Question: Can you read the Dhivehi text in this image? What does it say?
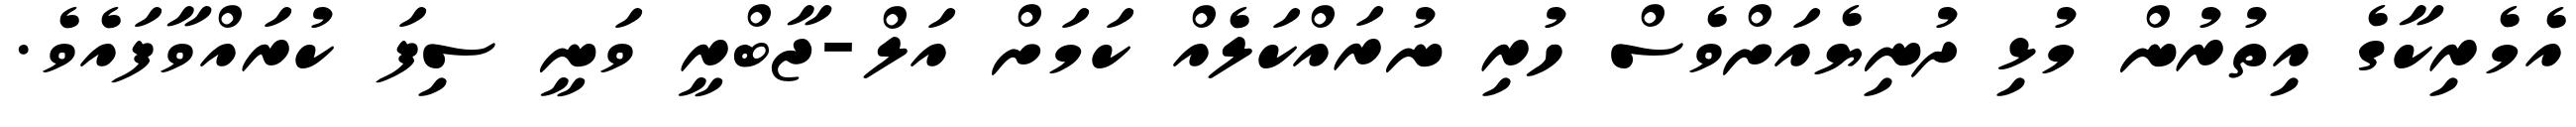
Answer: އެމެރިކާގެ އިތުރުން މުޅި ދުނިޔެއަށްވެސް ހުރި ނުރައްކަލެއް ކަމަށް އަލް-ޖާބްރީ ވަނީ ސިފަ ކުރައްވާފައެވެ.